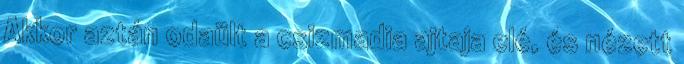
Akkor aztán odaült a csizmadia ajtaja elé, és nézett